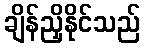
ချိန်ညှိနိုင်သည်